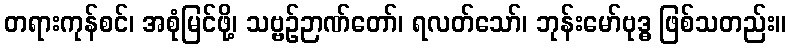
တရားကုန်စင်၊ အစုံမြင်ဖို့၊ သဗ္ဗဉ်ဉာဏ်တော်၊ ရလတ်သော်၊ ဘုန်းမော်ဗုဒ္ဓ ဖြစ်သတည်း။